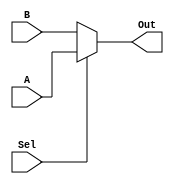
module Mux2to1(A, B, Sel, Out);
	input [15:0] A, B;
	input Sel;
	output [15:0] Out;
	reg [15:0] Out_register;
	assign Out = Out_register ;
always @(A or B or Sel)
	if (Sel == 1)
		Out_register <= A;
	else
		Out_register <= B;
endmodule